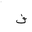
Letter: _fa